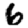
Digit: 6